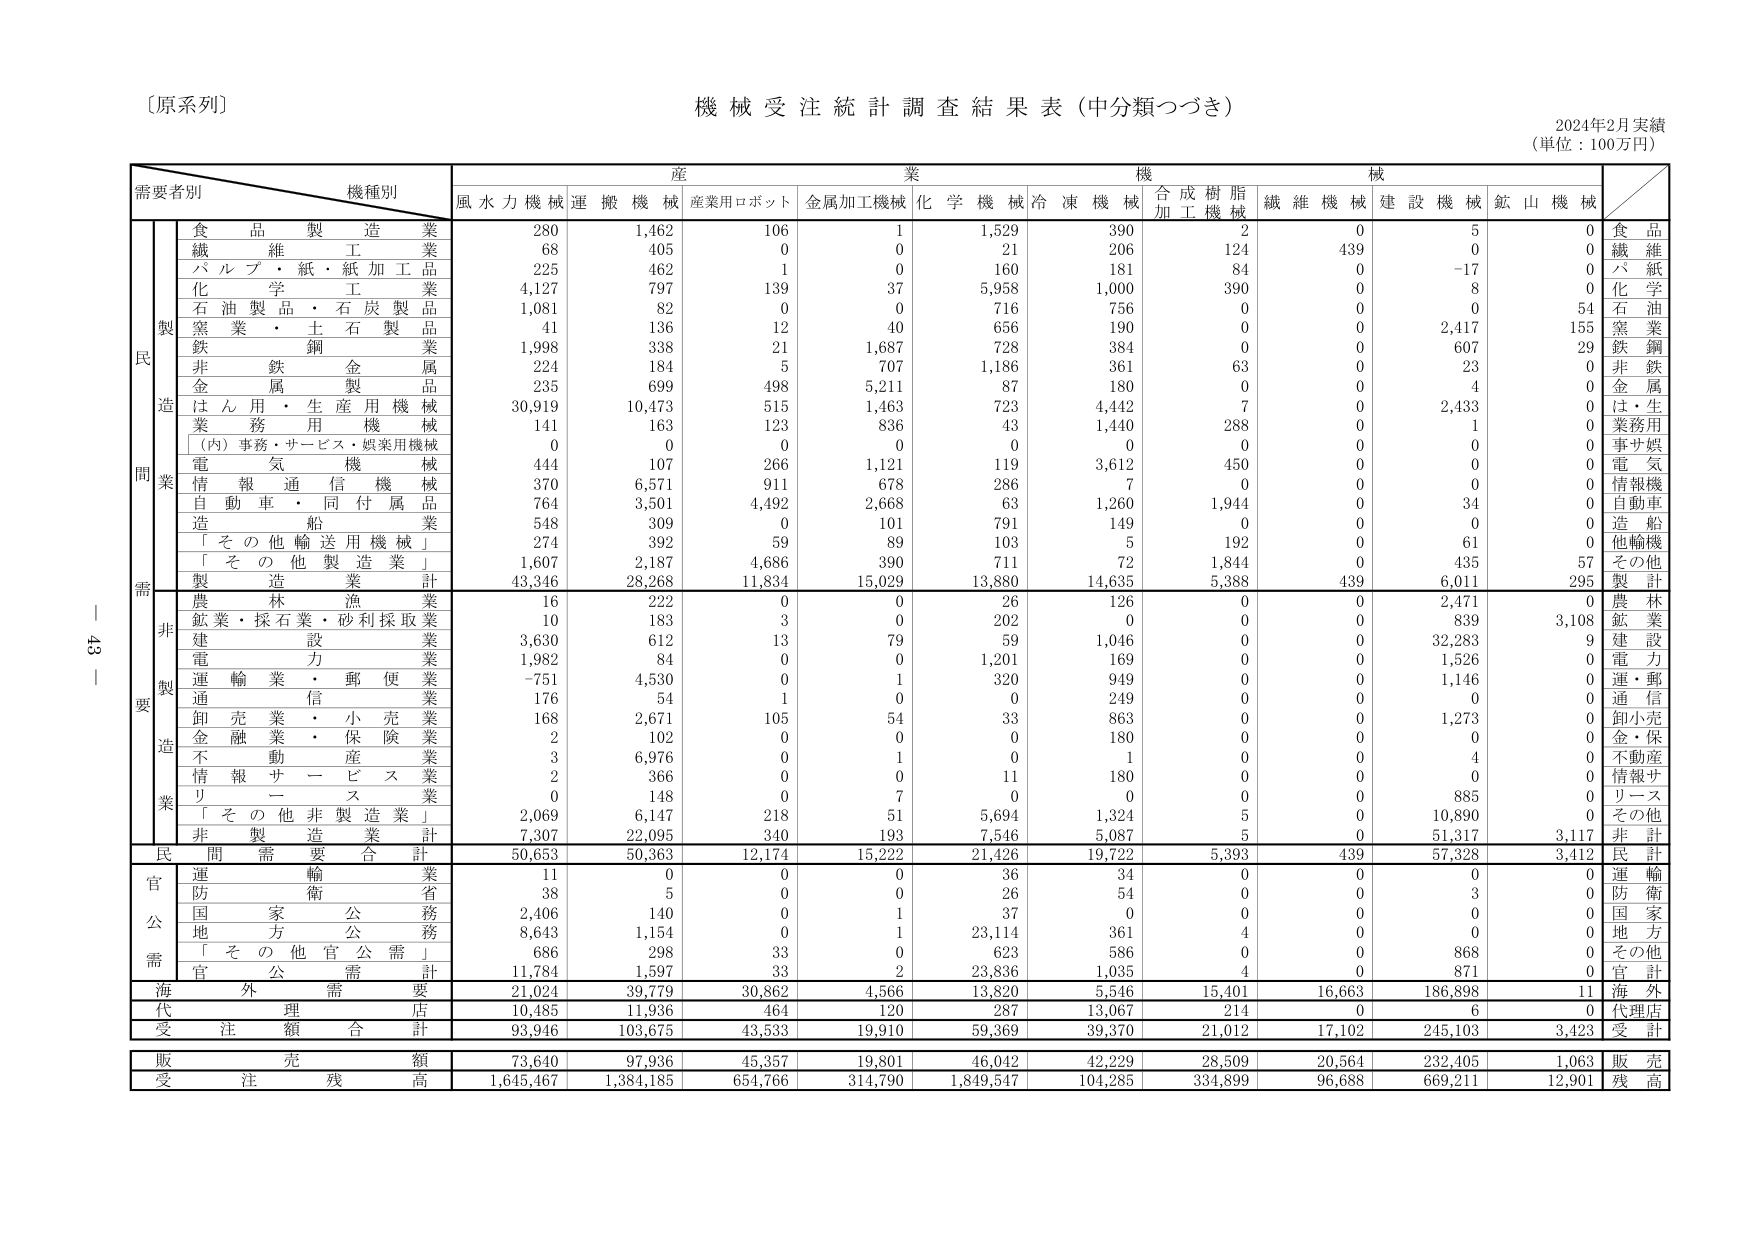
〔原系列〕
機械受注統計調査結果表（中分類つづき）
2024年2月実績
（単位：100万円）

需要者別　　機種別